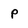
Character: p